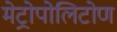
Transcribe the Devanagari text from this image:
मेट्रोपोलिटोण